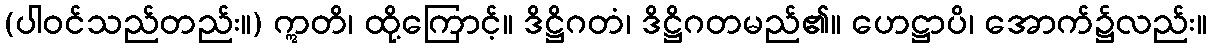
(ပါဝင်သည်တည်း။) ဣတိ၊ ထို့ကြောင့်။ ဒိဋ္ဌိဂတံ၊ ဒိဋ္ဌိဂတမည်၏။ ဟေဋ္ဌာပိ၊ အောက်၌လည်း။